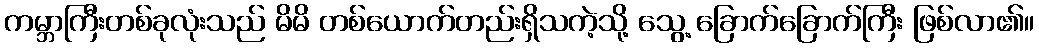
ကမ္ဘာကြီးတစ်ခုလုံးသည် မိမိ တစ်ယောက်တည်းရှိသကဲ့သို့ သွေ့ ခြောက်ခြောက်ကြီး ဖြစ်လာ၏။